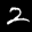
Label: 2